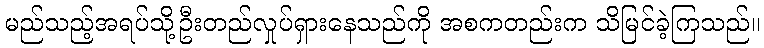
မည်သည့်အရပ်သို့ဦးတည်လှုပ်ရှားနေသည်ကို အစကတည်းက သိမြင်ခဲ့ကြသည်။